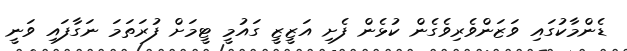
ޑެންމާކުގައި ވަޒަންވެރިވެގެން ކުޅެން ފެށި އަޒީޒީ ގައުމީ ޓީމަށް ފުރަތަމަ ނަގާފައި ވަނީ